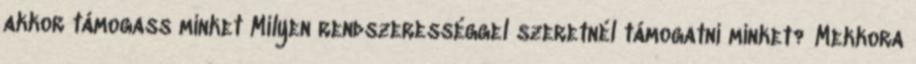
akkor támogass minket Milyen rendszerességgel szeretnél támogatni minket? Mekkora